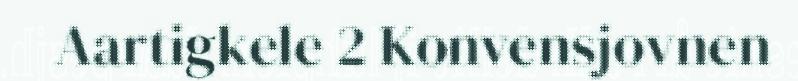
Aartigkele 2 Konvensjovnen